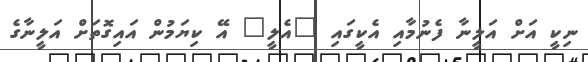
ނިކީ އަށް އަލީނާ ފެނުމާއި އެކީގައި "އެލީ" އޭ ކިޔަމުން އައިގޮތަށް އަލީނާގެ